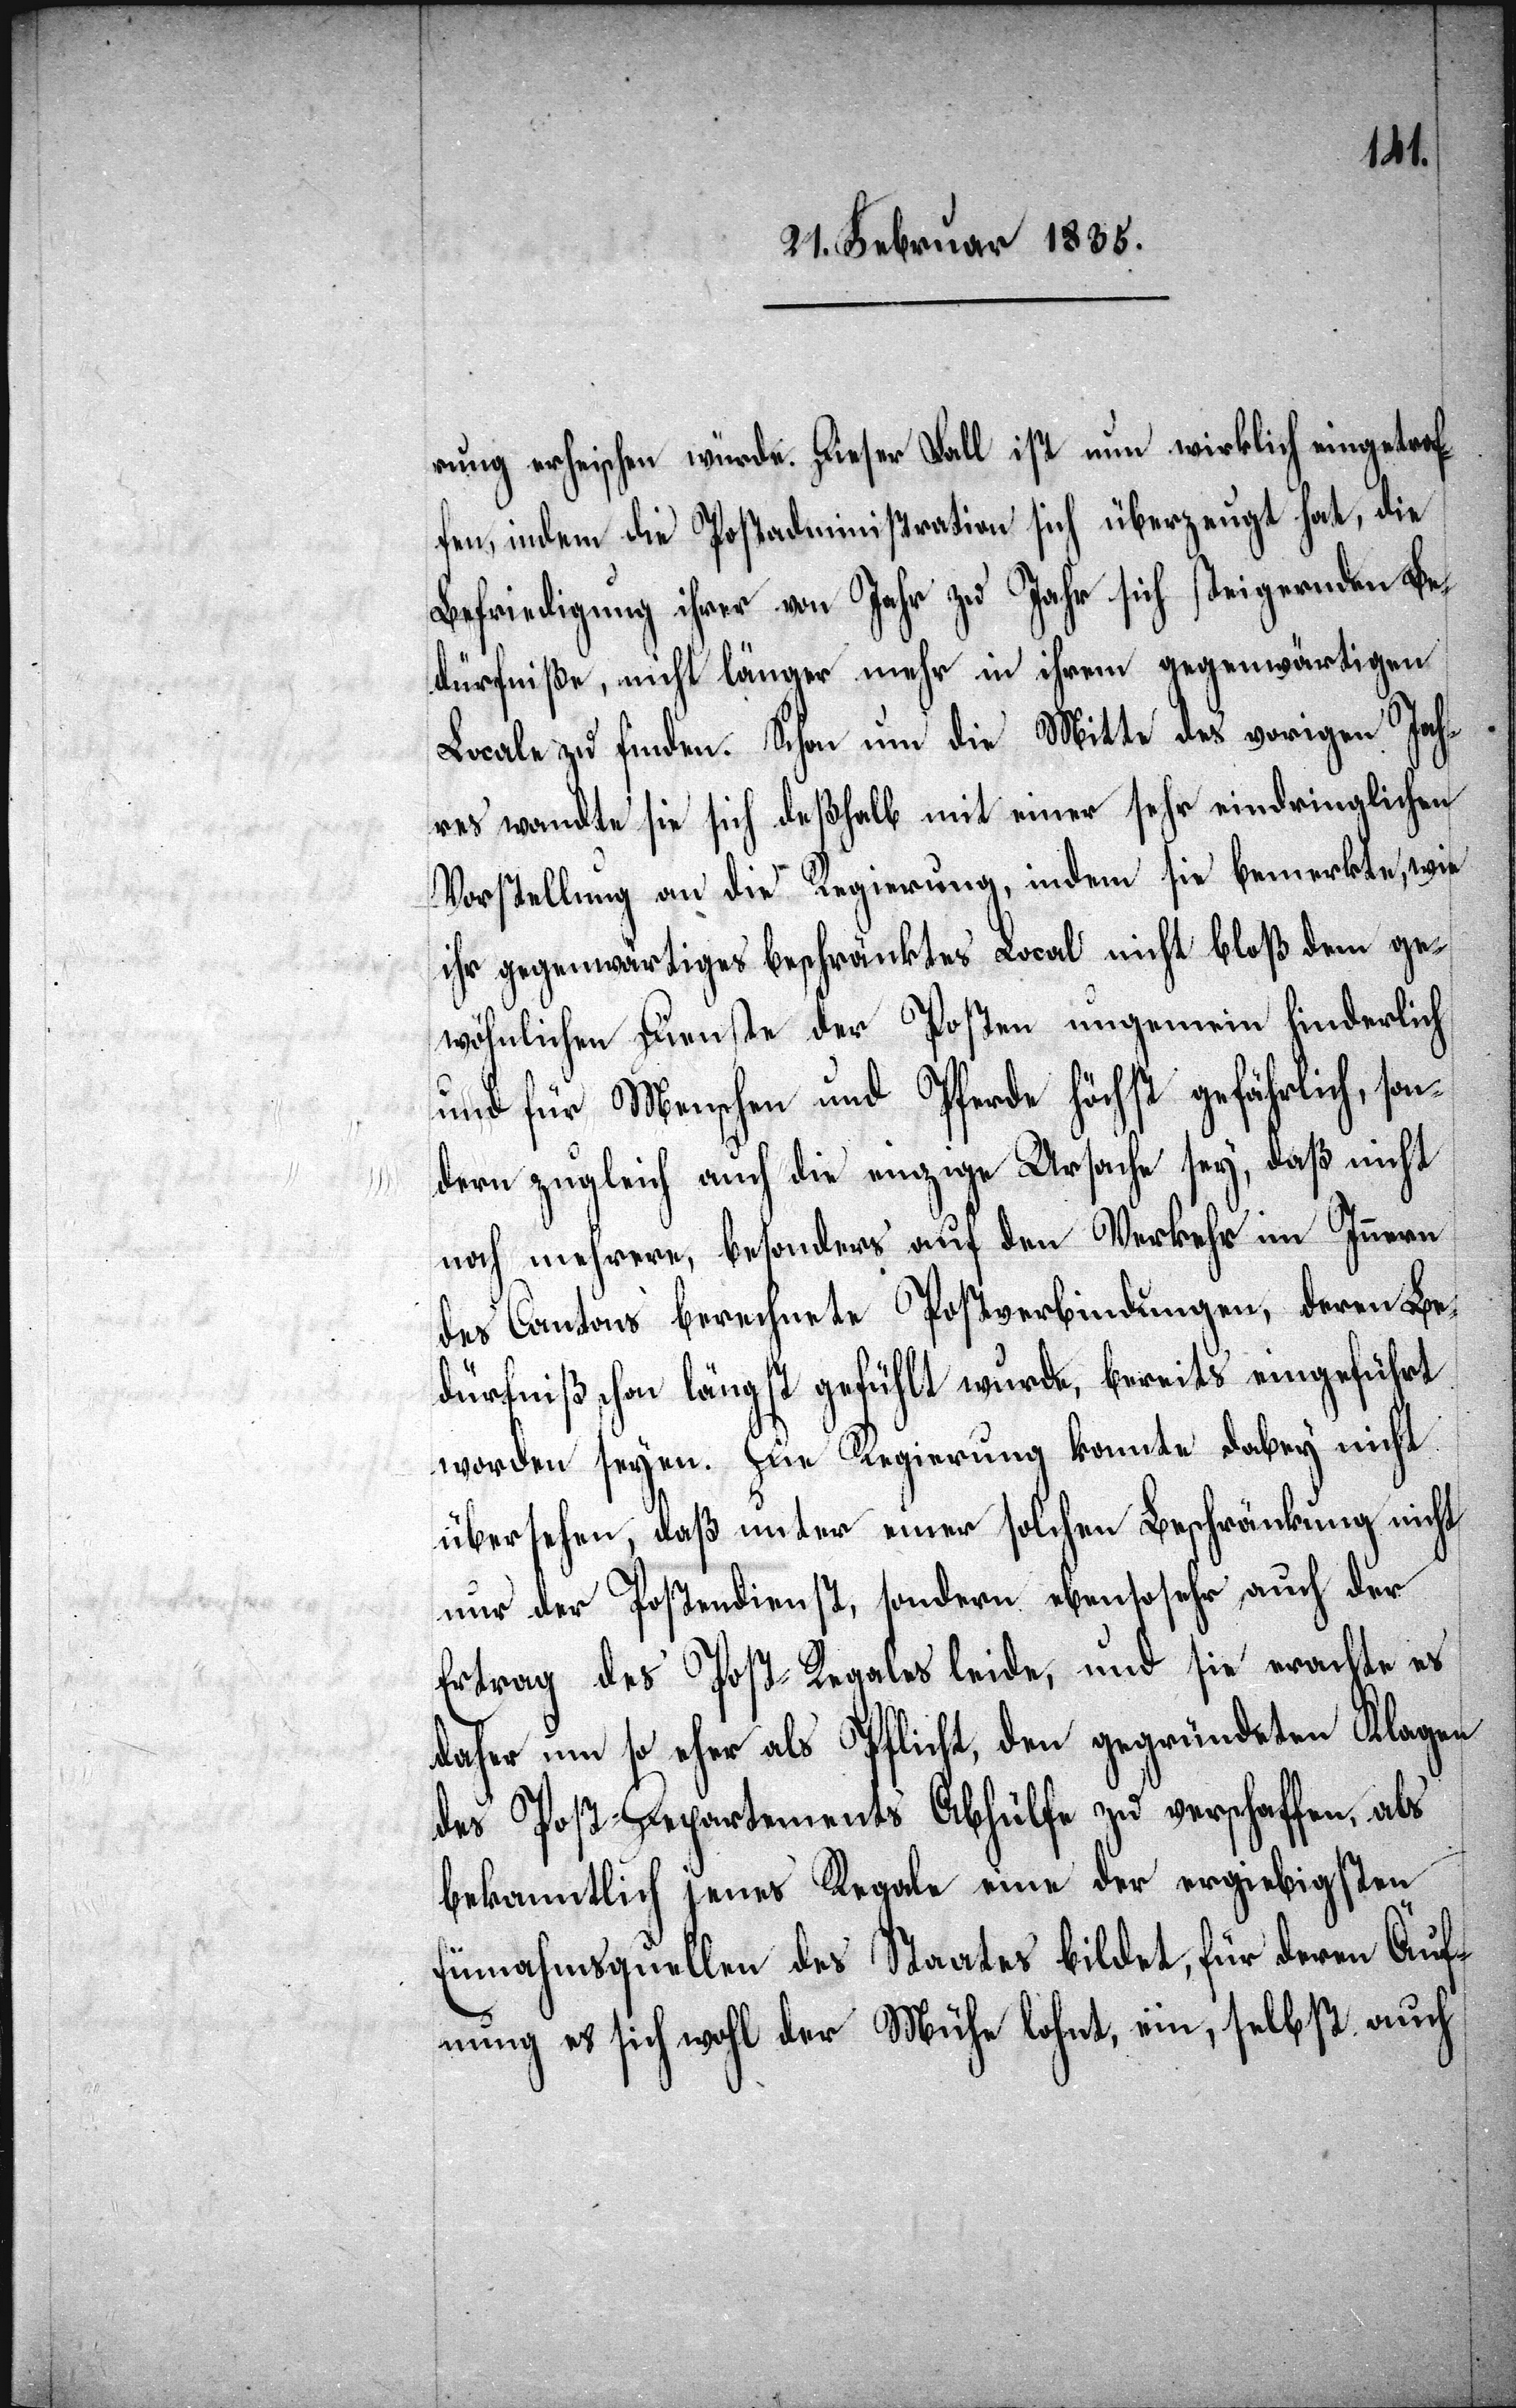
ung erheischen würde. Dieser Fall ist nun wirklich eingetrof¬
fen, indem die Postadministration sich überzeugt hat, die
Befriedigung ihrer von Jahr zu Jahr sich steigernden Be¬
dürfniße, nicht länger mehr in ihrem gegenwärtigen
Locale zu finden. Schon um die Mitte des vorigen Jah¬
res wandte sie sich deßhalb mit einer sehr eindringlichen
Vorstellung an die Regierung, indem sie bemerkte, wie
ihr gegenwärtiges beschränktes Local nicht bloß dem ge¬
wöhnlichen Dienste der Posten ungemein hinderlich
und für Menschen und Pferde höchst gefährlich, son¬
dern zugleich auch die einzige Ursache sey, daß nicht
noch mehrere, besonders auf den Verkehr im Innern
des Cantons berechnete Postverbindungen, deren Be¬
dürfniß schon längst gefühlt wurde, bereits eingeführt
worden seyen. Die Regierung konnte dabey nicht
übersehen, daß unter einer solchen Beschränkung nicht
nur der Postendienst, sondern ebensosehr auch der
Ertrag des Post-Regales leide, und sie erachte es
daher um so eher als Pflicht, den gegründeten Klagen
des Post-Departements Abhülfe zu verschaffen, als
bekanntlich jenes Regale eine der ergiebigsten
Einnahmsquellen des Staates bildet, für deren Äuf¬
nung es sich wohl der Mühe lohnt, ein, selbst auch